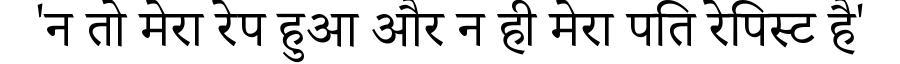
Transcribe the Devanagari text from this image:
'न तो मेरा रेप हुआ और न ही मेरा पति रेपिस्ट है'